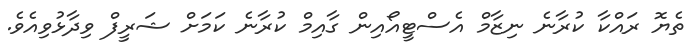
ތެޔޮ ރައްކާ ކުރާނެ ނިޒާމް އެސްޓީއޯއިން ގާއިމް ކުރާނެ ކަމަށް ޝަރީފް ވިދާޅުވިއެވެ.